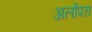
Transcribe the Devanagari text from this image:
अलोंपरा